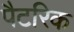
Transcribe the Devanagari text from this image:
पैटरिक